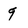
Character: 9